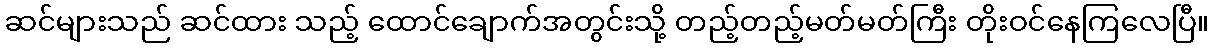
ဆင်များသည် ဆင်ထား သည့် ထောင်ချောက်အတွင်းသို့ တည့်တည့်မတ်မတ်ကြီး တိုးဝင်နေကြလေပြီ။